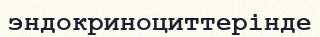
эндокриноциттерінде